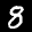
Digit: 8